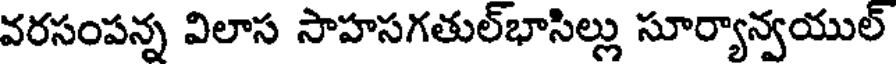
వరసంపన్న విలాస సాహసగతుల్భాసిల్లు సూర్యాన్వయుల్